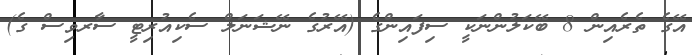
އޭގެ ތެރެއިން 8 ބޭކަލުންނަކީ ސިފައިންގެ (އޭރުގެ ނޭޝަނަލް ސެކިއުރިޓީ ސާރވިސް ގެ)